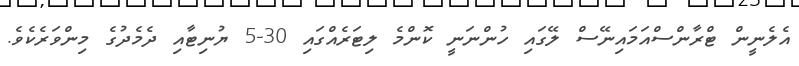
އެލެނީން ޓްރާންސްއަމައިނޭސްް ލޭގައި ހުންނަނީ ކޮންމެ ލިޓަރެއްގައި 30-5 ޔުނިޓާއި ދެމެދުގެ މިންވަރެކެވެ.